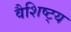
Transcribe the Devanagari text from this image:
वैशिष्ट्‍य